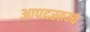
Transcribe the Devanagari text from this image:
आपदस्तम्ब